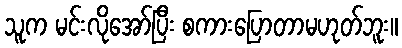
သူက မင်းလိုအော်ပြီး စကားပြောတာမဟုတ်ဘူး။